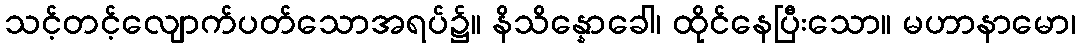
သင့်တင့်လျောက်ပတ်သောအရပ်၌။ နိသိန္နောခေါ၊ ထိုင်နေပြီးသော။ မဟာနာမော၊